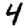
Digit: 4